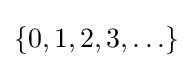
{\textstyle \left\{0,1,2,3,\ldots \right\}}